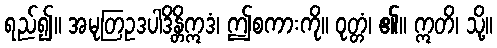
ရည်၍။ အမုတြဥဒပါဒိန္တိဣဒံ၊ ဤစကားကို။ ဝုတ္တံ၊ ၏။ ဣတိ၊ သို့။